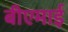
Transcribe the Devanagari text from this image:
बीएमाई